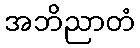
အဘိညာတံ